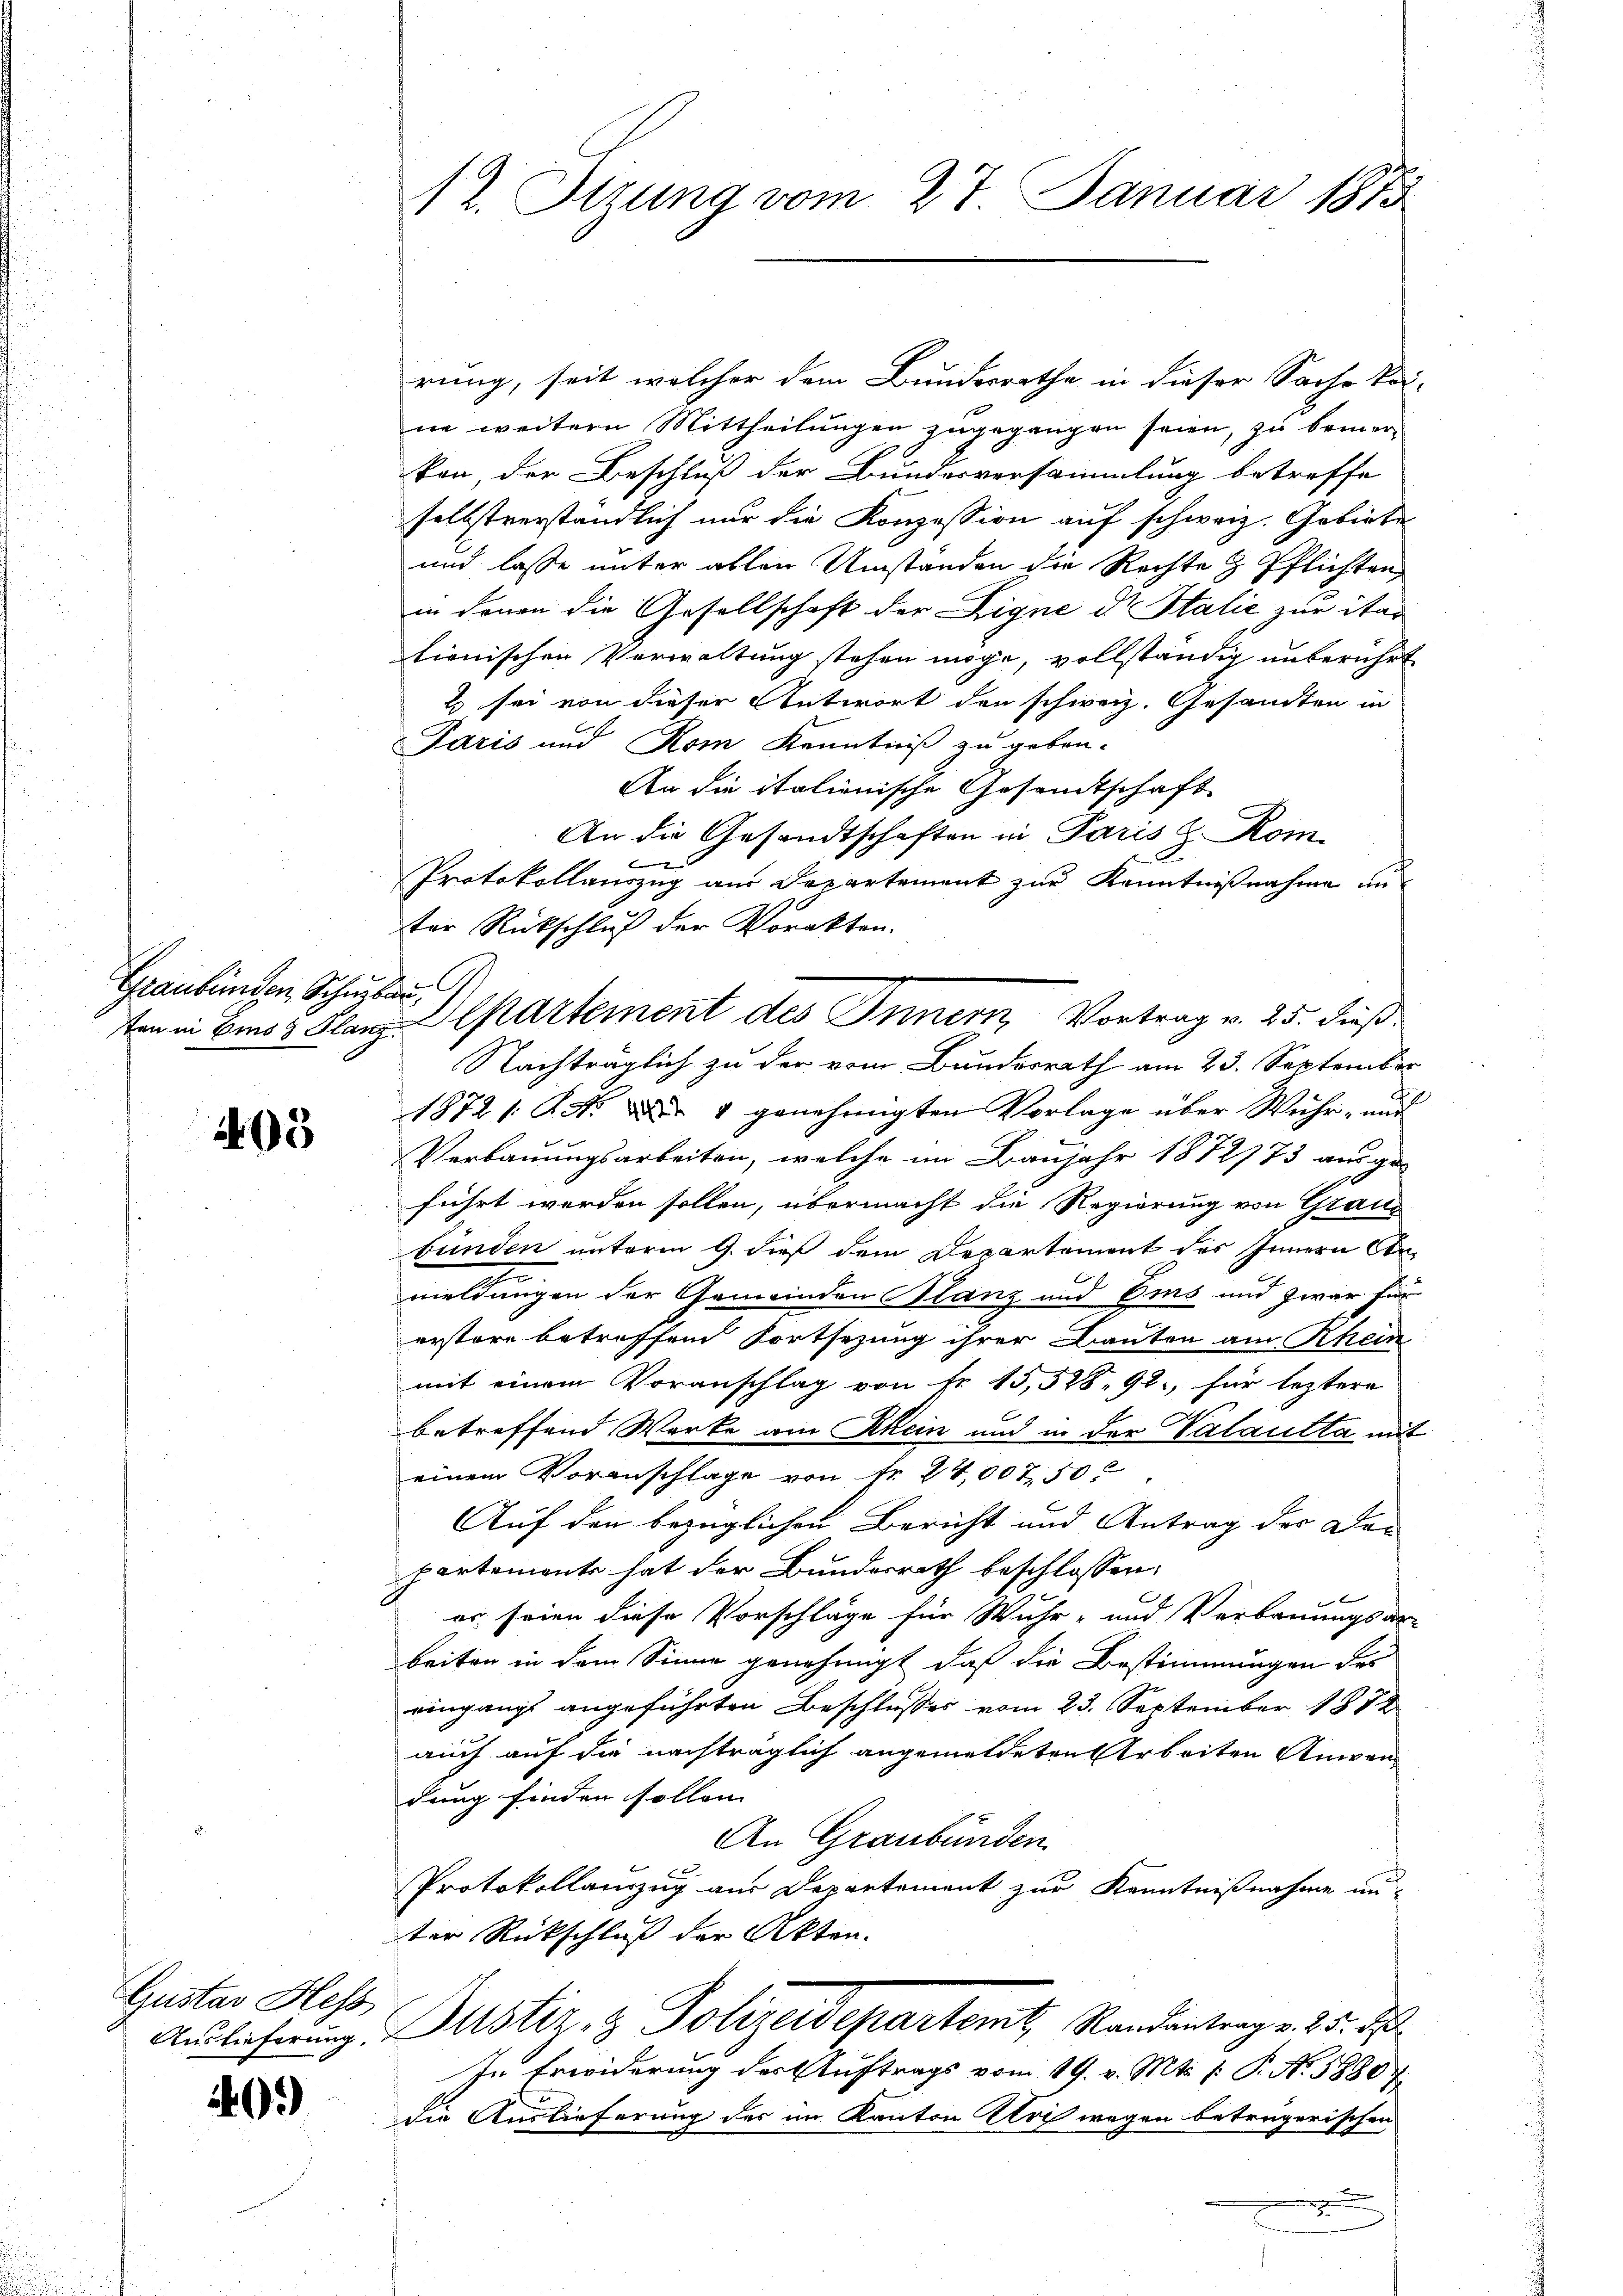
Graubünden Schulau

403

Gustav Hess

40.)

rung, seit welcher dem Bundesrathe in dieser Sache kai-
ne weitern Mittheilungen zugegangen seien, zu bemer-
kon, der Beschluß der Bundesversammlung betreffe
selbstverständlich nur die Konzession auf schweiz. Gebiete
und lasse unter allen Umständen die Rechte & Pflichten,
in denen die Gesellschaft der Eigne de Stalić zur itar
lienischen Verwaltung stehen möge, vollständig unberührt
2 sei von dieser Antwort den schweiz. Gesandten in
Paris und Rom Kenntniß zu geben.
An die italienische Gesandtschaft
An die Gesandtschaften in Paris z. Kom-
Protokollauszug aus Departement zur Kenntnißnahme aus
ter Rückschluß der Vorakten.
ton in Bin 3 Klar Alpartement des Innern, Vortrag v. 25. dieß
Nachträglich zu der vom Bundesrath am 23. September
1872 /: M. D. 4 genehmigten Vorlage über Wuhr- und
Verbauungsarbeiten, welche im Baujahr 1872/73 aus ge-
führt werden sollen, übermacht die Regierung von Graubunden unterm 9. dieß dem Departement des Innern Con-
e
meldungen der Gemeinden Glanz und Eis und zwar für
erstore betreffend Fortsezung ihrer Bauten am Rhein
mit einem Voranschlag von Fr. 15,528, 92, für leztere
betreffend Werke am Rhein und in der Valaulta mit
einem Voranschlage von Fr. 24,007,50
Auf den bezüglichen Bericht und Antrag der Den
partement hat der Bundesrath beschlossen:
er seien diese Vorschläge für Wuhr- und Verbauungsar-
beiten in dem Sinne genehmigt, daß die Bestimmungen des
eingangs angeführten Beschlusses vom 23. September 1872
auch auf die nachträglich angemeldeten Arbeiten Anwendung finden sollen. |
An Graubünden
Protokollauszug aus Departement zur Kenntnißnahme un
ter Rückschluß der Akten.
Auslieferung. Justiz- & Polizeidepartemt, Randantrag v. 25. d
In Erwiderung der Auftrags vom 19. v. Mts. (: P. Nr. 58807
die Auslieferung des im Kanton Uri wegen betrügerischen

12. Sitzung vom 27. Januar 1875

G